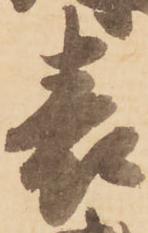
表